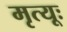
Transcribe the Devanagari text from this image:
मृत्यूः